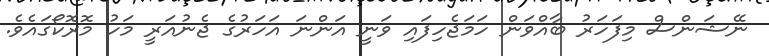
ނޭޝަންސް މިފަހަރު ބާއްވަން ހަމަޖެހިފައި ވަނީ އަންނަ އަހަރުގެ ޖެނުއަރީ މަހު މޮރޮކޯގައެވެ.